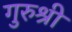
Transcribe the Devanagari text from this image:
गुरुश्री